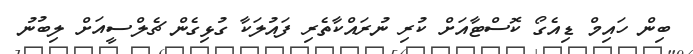
ބިން ހައިމް ޑިއެގޯ ކޮސްޓާއަށް ކުރި ނުރައްކާތެރި ފައުލަކާ ގުޅިގެން ޗެލްސީއަށް ލިބުނު